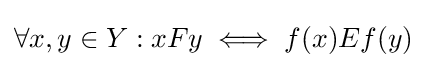
\forall x,y\in Y:xFy\iff f(x)Ef(y)